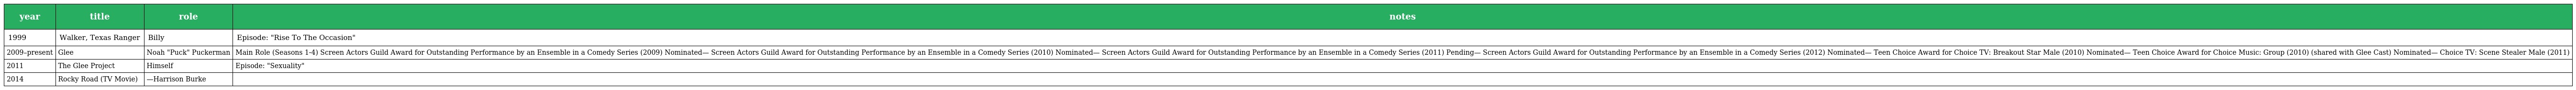
| year | title | role | notes |
 | --- | --- | --- | --- |
 | 1999 | Walker, Texas Ranger | Billy | Episode: "Rise To The Occasion" |
 | 2009–present | Glee | Noah "Puck" Puckerman | Main Role (Seasons 1-4) Screen Actors Guild Award for Outstanding Performance by an Ensemble in a Comedy Series (2009) Nominated— Screen Actors Guild Award for Outstanding Performance by an Ensemble in a Comedy Series (2010) Nominated— Screen Actors Guild Award for Outstanding Performance by an Ensemble in a Comedy Series (2011) Pending— Screen Actors Guild Award for Outstanding Performance by an Ensemble in a Comedy Series (2012) Nominated— Teen Choice Award for Choice TV: Breakout Star Male (2010) Nominated— Teen Choice Award for Choice Music: Group (2010) (shared with Glee Cast) Nominated— Choice TV: Scene Stealer Male (2011) |
 | 2011 | The Glee Project | Himself | Episode: "Sexuality" |
 | 2014 | Rocky Road (TV Movie) | —Harrison Burke |  |